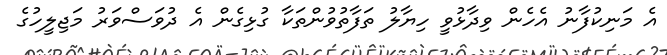
އެ މަނިކުފާނު އެހެން ވިދާޅުވީ ހިޔާލު ތަފާތުވުންތަކާ ގުޅިގެން އެ ދުވަސްވަރު މަޖިލީހުގެ